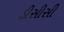
ડીસીસી